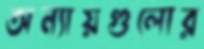
অন্যায়গুলোর